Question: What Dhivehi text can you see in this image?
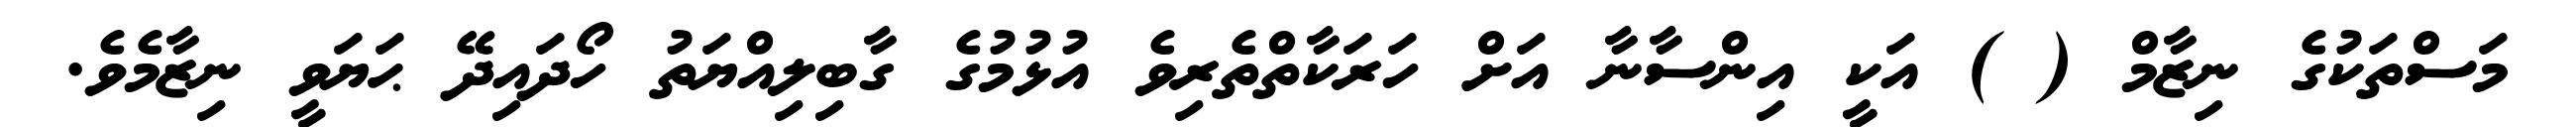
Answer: މަސްތަކުގެ ނިޒާމް ( ) އަކީ އިންސާނާ އަށް ހަރަކާތްތެރިވެ އުޅުމުގެ ގާބިލިއްޔަތު ހޯދައިދޭ ޙަޔަވީ ނިޒާމެވެ.